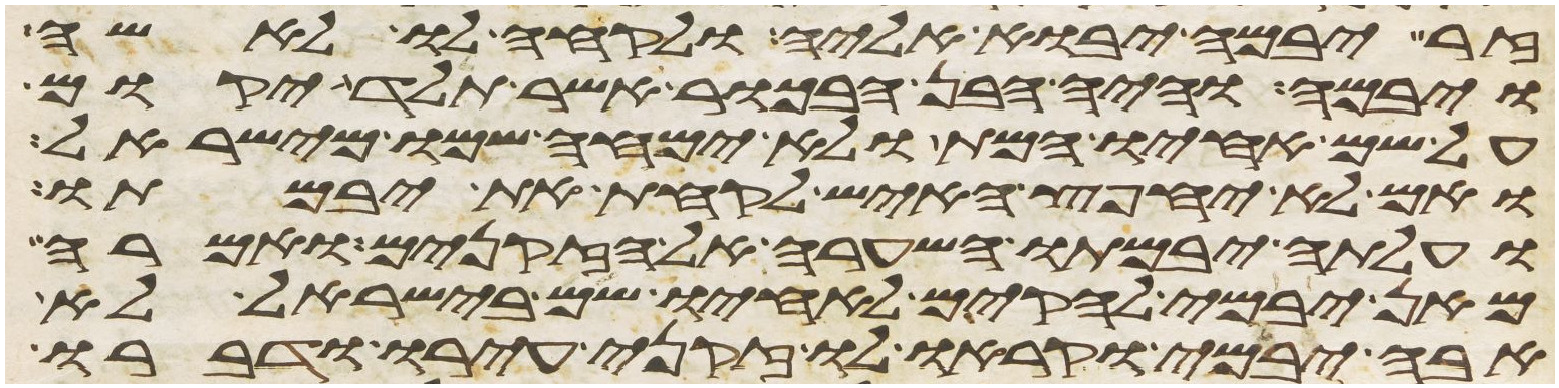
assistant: זר יבמה יבוא אליה ולקחה לו לאשה
ויבמה והיה הבן הבכור אשר תלד יקום
על שם אחיו המת ולא ימחה שמו מישראל
ואם לא יחפץ האיש לקחת את יבמתו
ועלתה יבמתו השערה אל הזקנים ואמרה
מאן יבמי להקים לאחיו שם בישראל לא
אבה יבמי וקראו לו זקני עירו ודברו